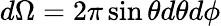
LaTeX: d\Omega=2\pi\sin\theta d\theta d\phi